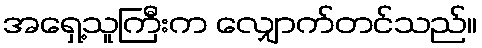
အရှေ့သူကြီးက လျှောက်တင်သည်။